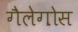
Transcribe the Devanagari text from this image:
गैलेगोस